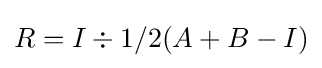
R=I\div {1/2}(A+B-I)